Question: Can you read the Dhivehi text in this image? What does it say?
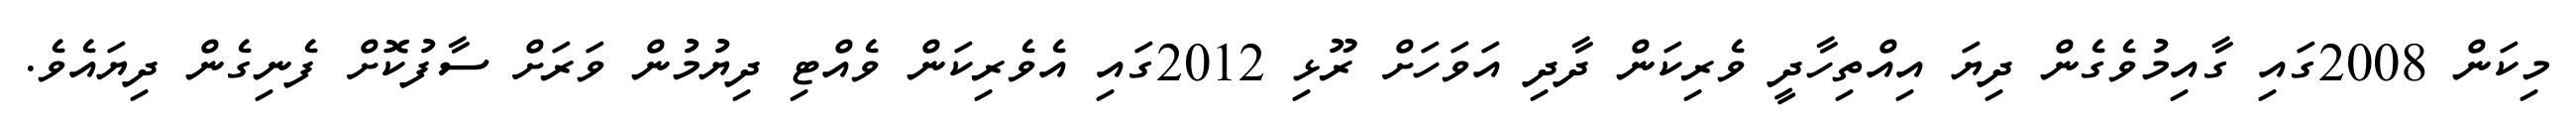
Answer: މިކަން 2008ގައި ގާއިމުވެގެން ދިޔަ އިއްތިހާދީ ވެރިކަން ދާދި އަވަހަށް ރޫޅި 2012ގައި އެވެރިކަން ވެއްޓި ދިޔުމުން ވަރަށް ސާފުކޮށް ފެނިގެން ދިޔައެވެ.